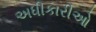
અધીકારીઓ